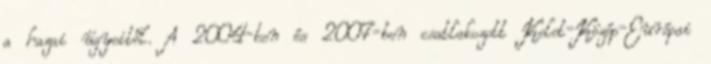
a hazai ügyeitől. A 2004-ben és 2007-ben csatlakozott Kelet-Közép-Európai